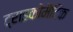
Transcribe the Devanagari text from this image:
ट्राइकोमैटिक